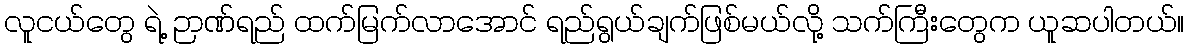
လူငယ်တွေ ရဲ့ ဉာဏ်ရည် ထက်မြက်လာအောင် ရည်ရွယ်ချက်ဖြစ်မယ်လို့ သက်ကြီးတွေက ယူဆပါတယ်။